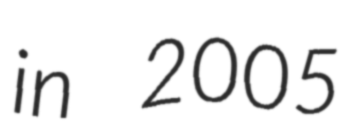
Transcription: in 2005